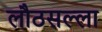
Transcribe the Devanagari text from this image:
लौठसल्ला